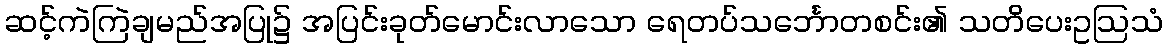
ဆင့်ကဲကြဲချမည်အပြု၌ အပြင်းခုတ်မောင်းလာသော ရေတပ်သင်္ဘောတစင်း၏ သတိပေးဥဩသံ